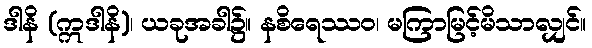
ဒါနိ (ဣဒါနိ)၊ ယခုအခါ၌။ နစိရေဿဝ၊ မကြာမြင့်မိသာလျှင်။